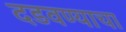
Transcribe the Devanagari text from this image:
दडवण्याचा